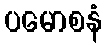
ပမောစနံ